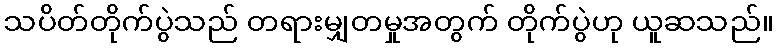
သပိတ်တိုက်ပွဲသည် တရားမျှတမှုအတွက် တိုက်ပွဲဟု ယူဆသည်။